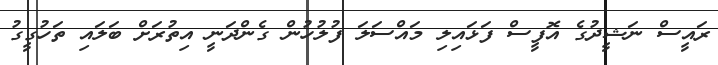
ރައީސް ނަޝީދުގެ އޮފީސް ފަޅައިލި މައްސަލަ ފުލުހުން ގެންދަނީ އިތުރަށް ބަލައި ތަހުގީގު